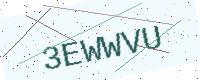
Text: 3EWWVU